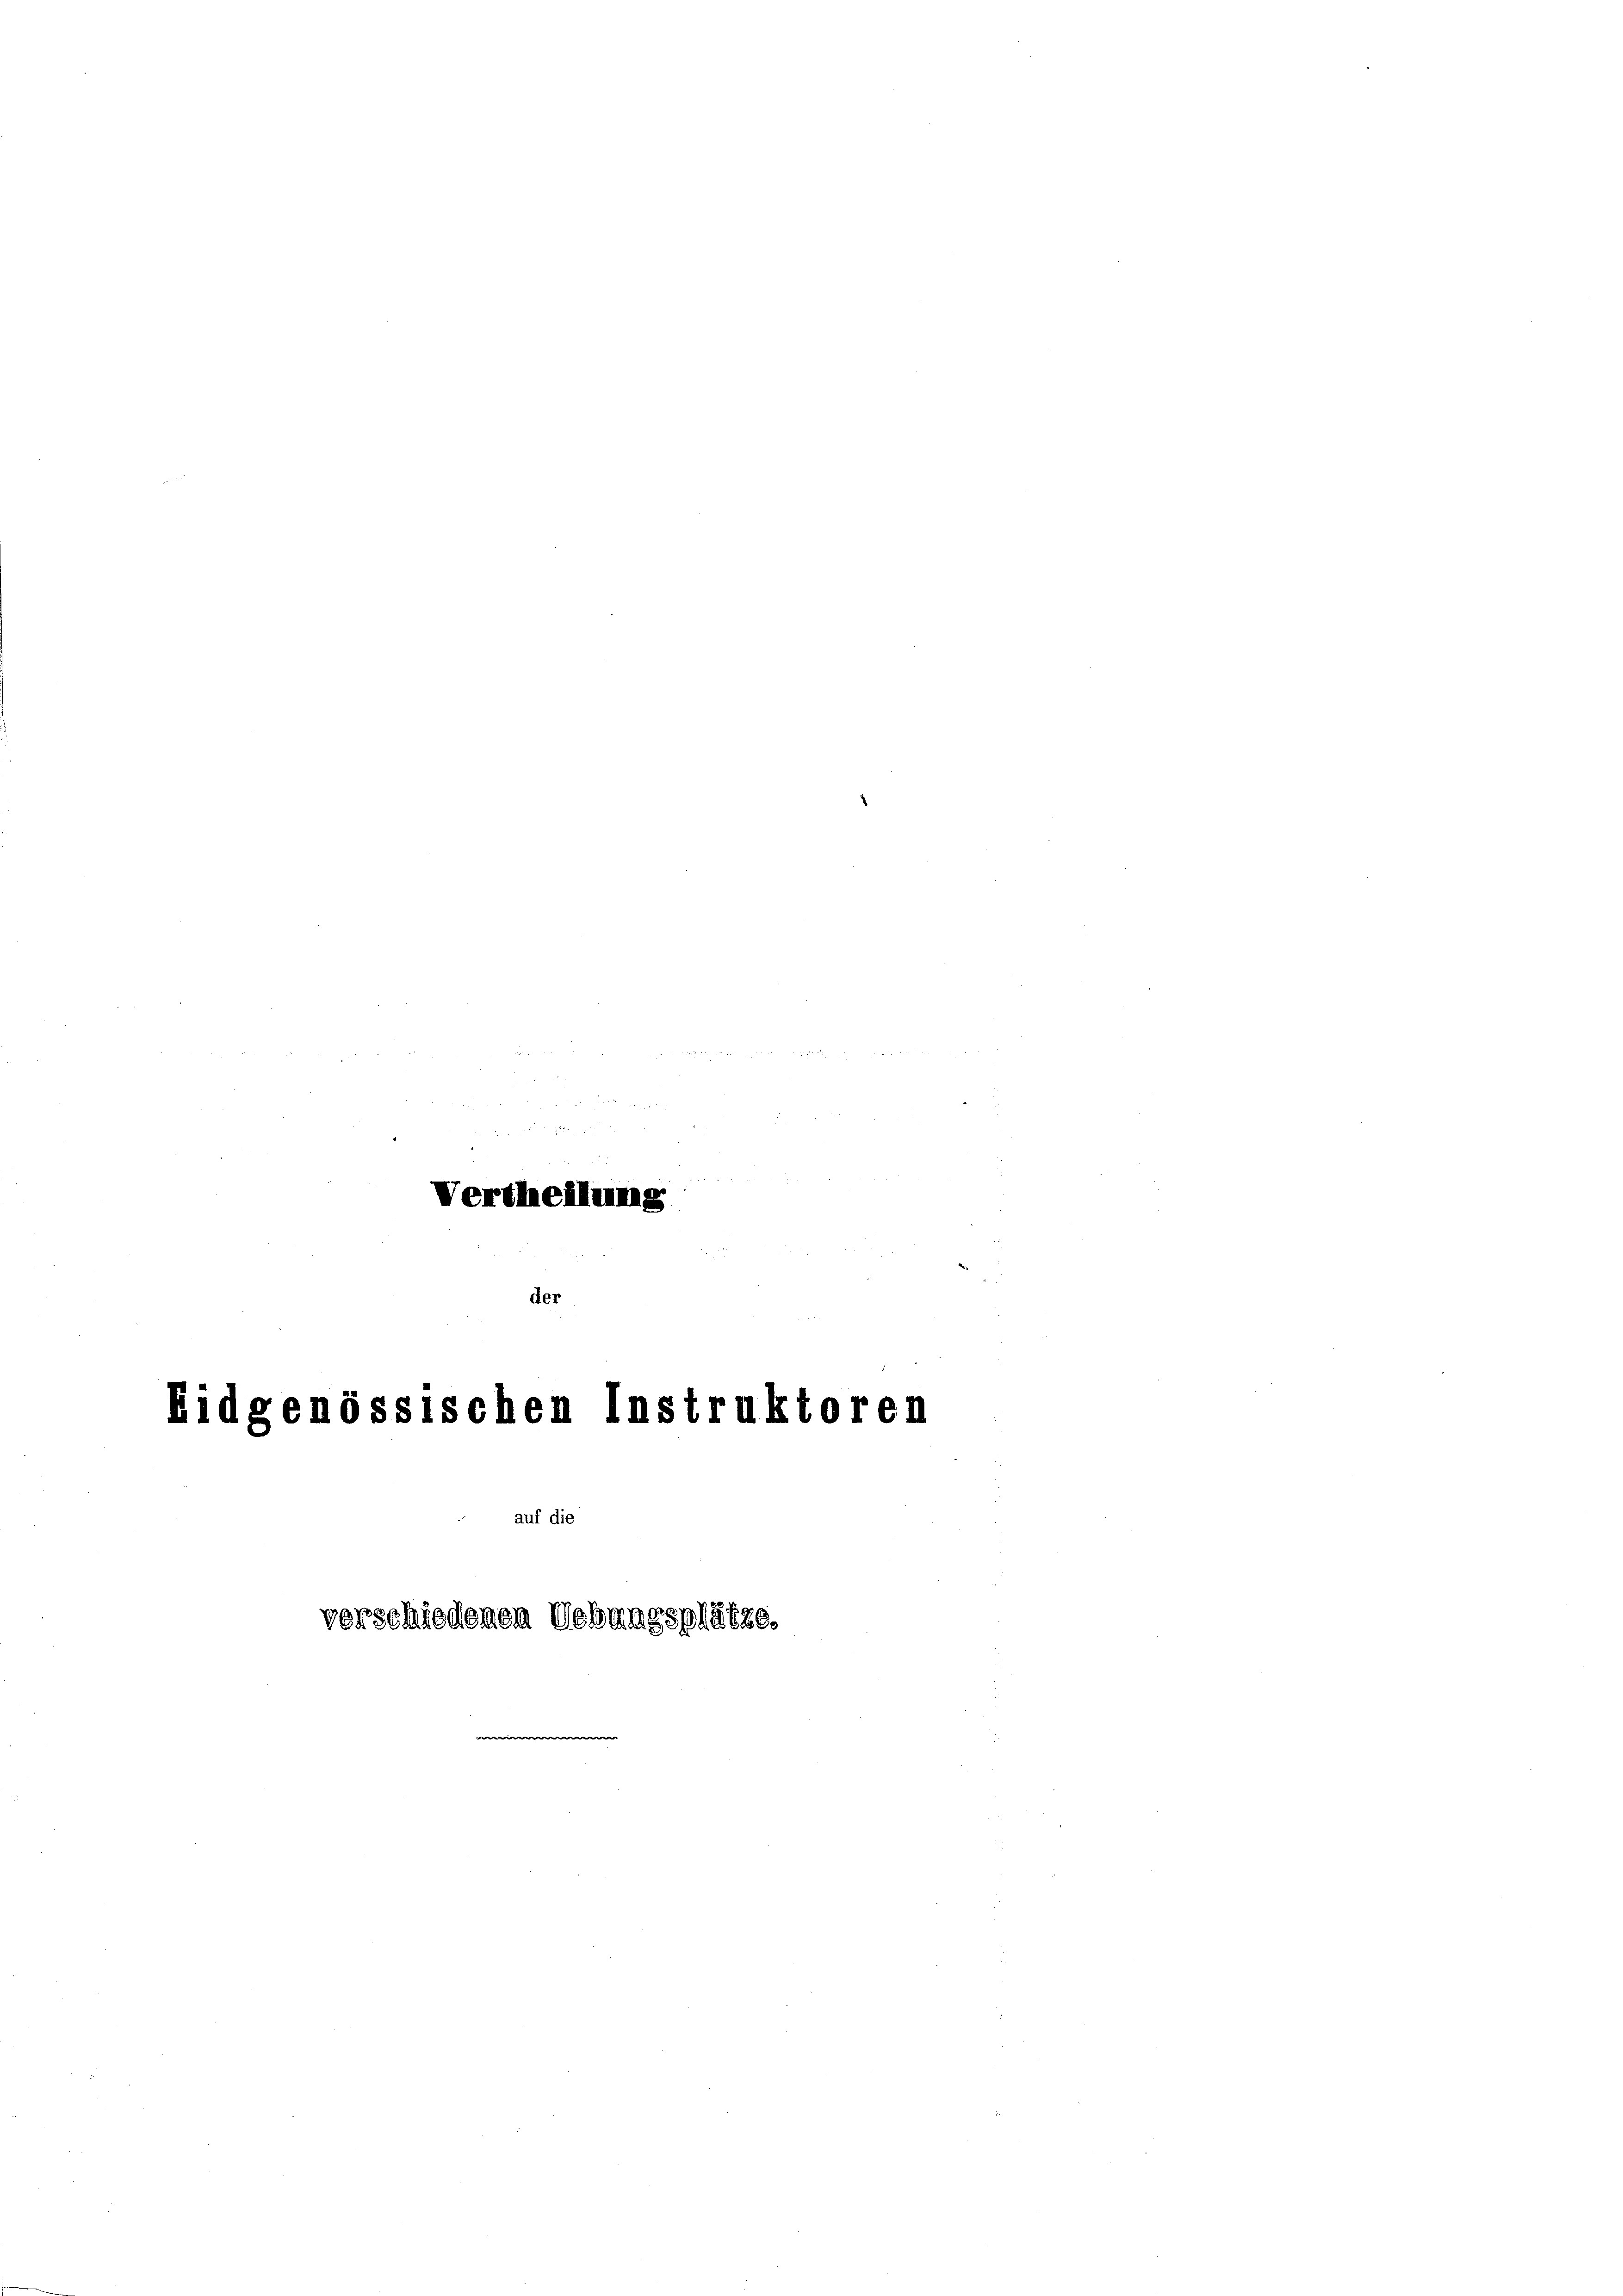
e
e

Vertheilung
der

Eidgenössischen Instruktoren

auf die

16
verschiedenen Uebungsplätze.